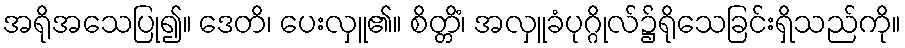
အရိုအသေပြု၍။ ဒေတိ၊ ပေးလှူ၏။ စိတ္တိံ၊ အလှူခံပုဂ္ဂိုလ်၌ရိုသေခြင်းရှိသည်ကို။